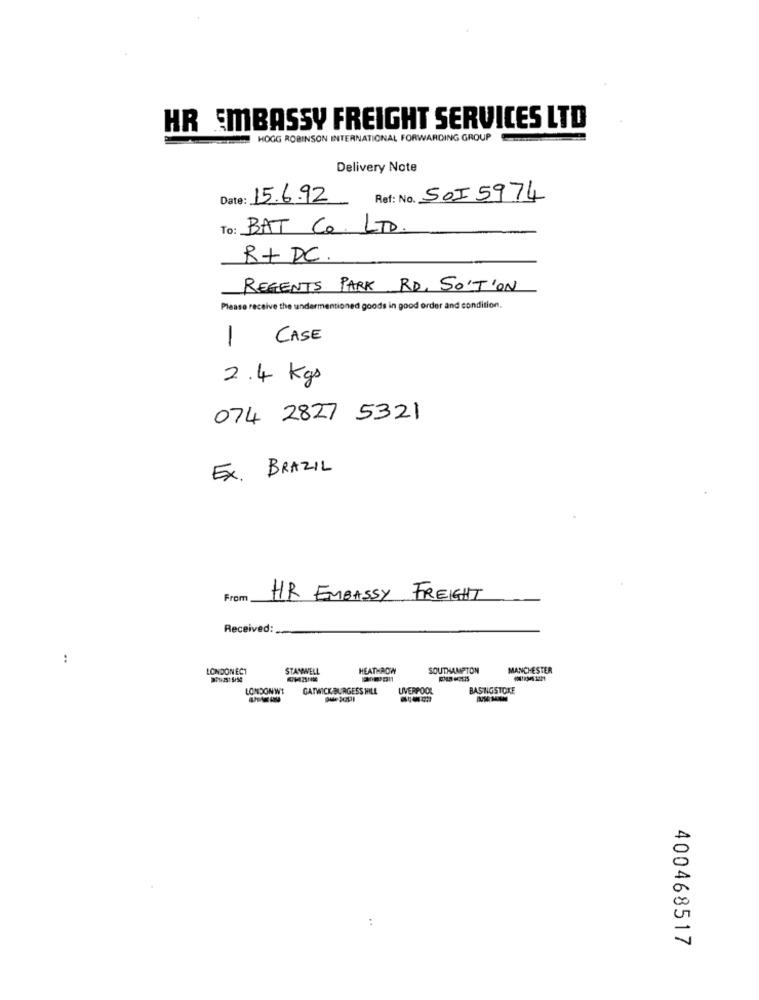
HR EMBASSY FREIGHT SERVICES LTD
HOGG ROBINSON INTERNATIONAL FORWARDING GROUP
Delivery Note
Date: 15.6.92
Ref: No. 50I5974
To: BAT CO. LTD.
R+ DC.
REGENTS PARK RD, SO'T'ON
Please receive the undermentioned goods in good order and condition.
-
CASE
2.4 Kgs
074 2827 5321
Ex. BRAZIL
From
HR EMBASSY FREIGHT
Received:
:
LONDON ECT
STANWELL
HEATHROW
SOUTHAMPTON
MANCHESTER
LONDONWT
GATWICK BURGESS WILL
LIVERPOOL
BASINGSTOKE
:
400468517